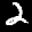
Label: 2